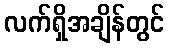
လက်ရှိအချိန်တွင်